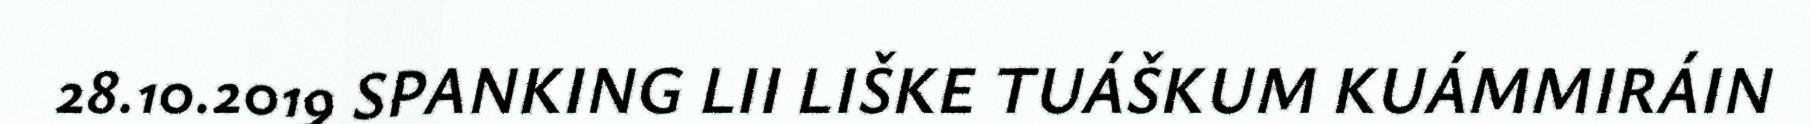
28.10.2019 SPANKING LII LIŠKE TUÁŠKUM KUÁMMIRÁIN